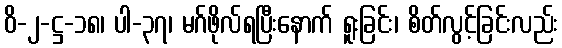
ဝိ-၂-ဋ္ဌ-၁၈၊ ပါ-၃၇၊ မဂ်ဖိုလ်ရပြီးနောက် ရူးခြင်း၊ စိတ်လွင့်ခြင်းလည်း